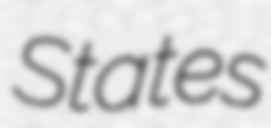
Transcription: States